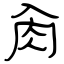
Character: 肏